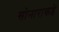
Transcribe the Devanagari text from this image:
सोनाराकडे